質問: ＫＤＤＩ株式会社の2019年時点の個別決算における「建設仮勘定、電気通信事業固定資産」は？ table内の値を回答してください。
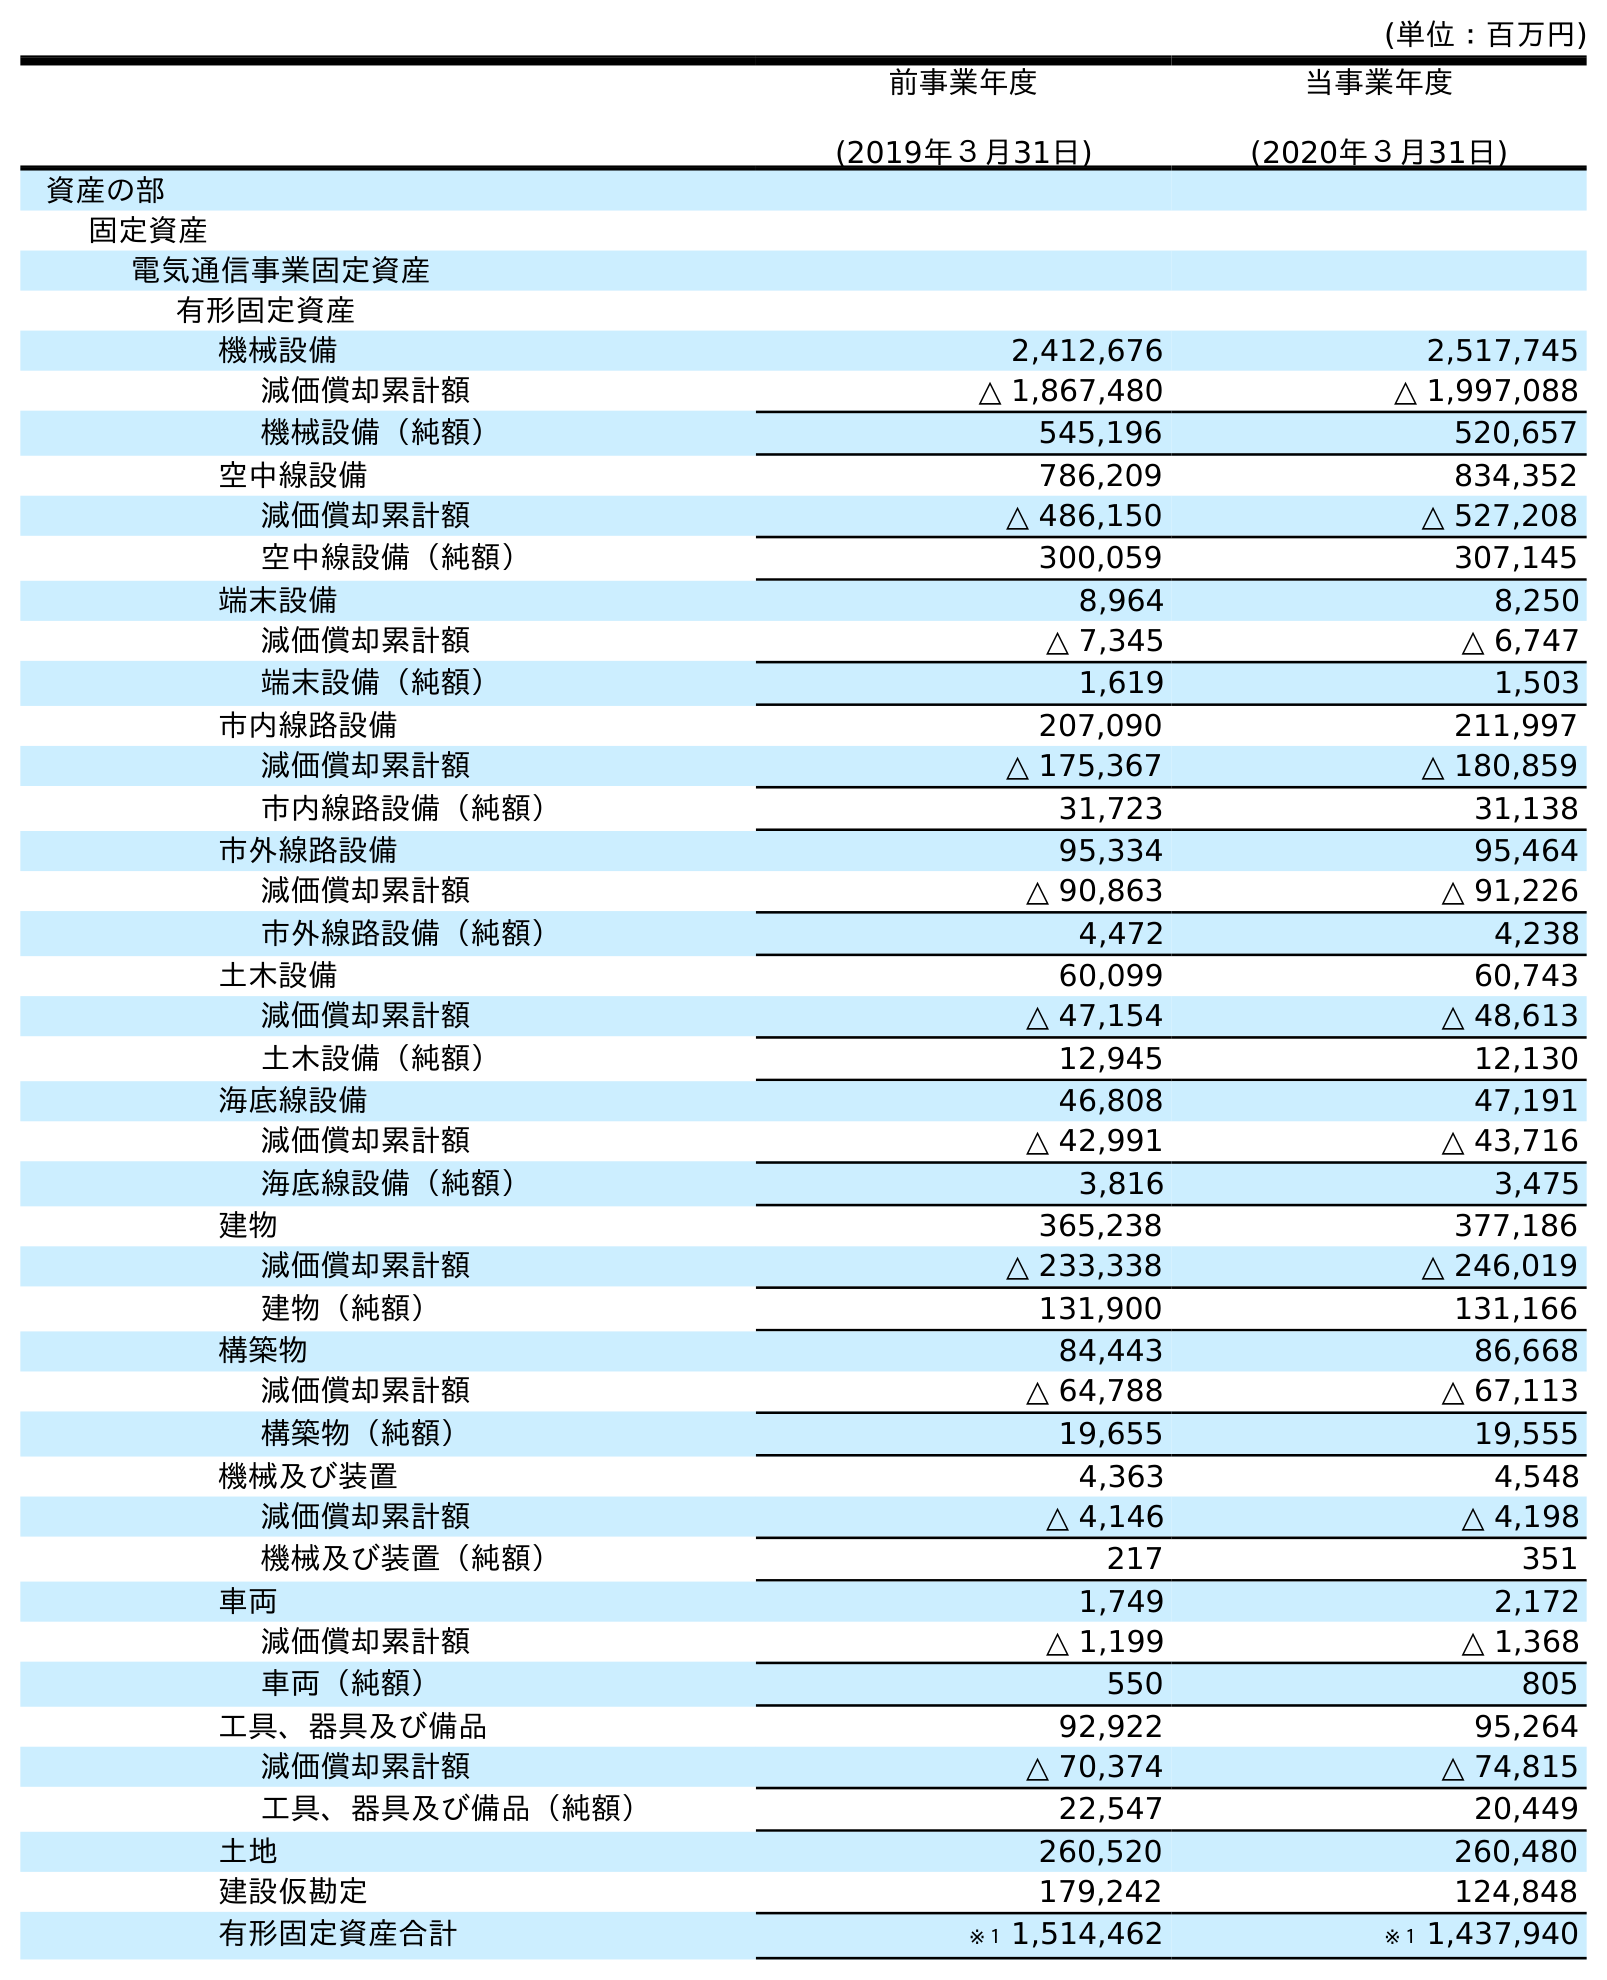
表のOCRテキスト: (単位：百万円) 前事業年度 (2019年３月31日) 当事業年度 (2020年３月31日) 資産の部 固定資産 電気通信事業固定資産 有形固定資産 機械設備 2,412,676 2,517,745 減価償却累計額 △ 1,867,480 △ 1,997,088 機械設備（純額） 545,196 520,657 空中線設備 786,209 834,352 減価償却累計額 △ 486,150 △ 527,208 空中線設備（純額） 300,059 307,145 端末設備 8,964 8,250 減価償却累計額 △ 7,345 △ 6,747 端末設備（純額） 1,619 1,503 市内線路設備 207,090 211,997 減価償却累計額 △ 175,367 △ 180,859 市内線路設備（純額） 31,723 31,138 市外線路設備 95,334 95,464 減価償却累計額 △ 90,863 △ 91,226 市外線路設備（純額） 4,472 4,238 土木設備 60,099 60,743 減価償却累計額 △ 47,154 △ 48,613 土木設備（純額） 12,945 12,130 海底線設備 46,808 47,191 減価償却累計額 △ 42,991 △ 43,716 海底線設備（純額） 3,816 3,475 建物 365,238 377,186 減価償却累計額 △ 233,338 △ 246,019 建物（純額） 131,900 131,166 構築物 84,443 86,668 減価償却累計額 △ 64,788 △ 67,113 構築物（純額） 19,655 19,555 機械及び装置 4,363 4,548 減価償却累計額 △ 4,146 △ 4,198 機械及び装置（純額） 217 351 車両 1,749 2,172 減価償却累計額 △ 1,199 △ 1,368 車両（純額） 550 805 工具、器具及び備品 92,922 95,264 減価償却累計額 △ 70,374 △ 74,815 工具、器具及び備品（純額） 22,547 20,449 土地 260,520 260,480 建設仮勘定 179,242 124,848 有形固定資産合計 ※１ 1,514,462 ※１ 1,437,940
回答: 179,242